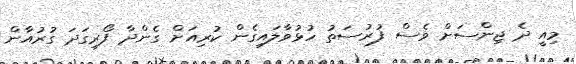
މިއީ ދެ ޖިންސަށް ވެސް ފުރުސަތު ހުޅުވާލައިގެން ކުރިއަށް ގެންދާ ފޯރިގަދަ ގުރުއާން